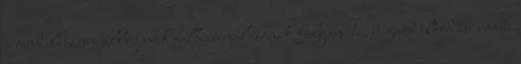
a rendelkezésre álló javak felhasználásának folyamata, b. gazdálkodási rend: